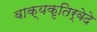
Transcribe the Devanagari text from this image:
वाक्यकृतिर्वेदे